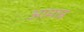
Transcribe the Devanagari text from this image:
आमान्न